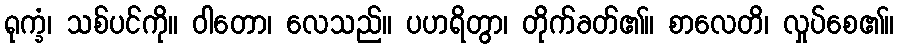
ရုက္ခံ၊ သစ်ပင်ကို။ ဝါတော၊ လေသည်။ ပဟရိတွာ၊ တိုက်ခတ်၏။ စာလေတိ၊ လှုပ်စေ၏။